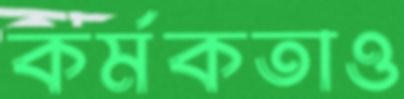
কর্মকতাও